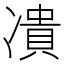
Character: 𭂟